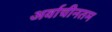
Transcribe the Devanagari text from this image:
अर्वाचीनतम